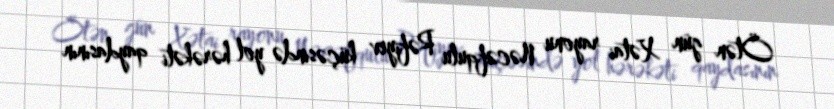
Ötən gün Xətai rayonu Nəcəfqulu Rəfiyev küçəsində yol hərəkəti qaydasının